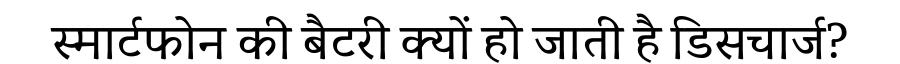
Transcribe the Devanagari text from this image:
स्मार्टफोन की बैटरी क्यों हो जाती है डिसचार्ज?